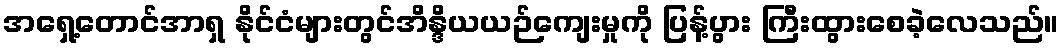
အရှေ့တောင်အာရှ နိုင်ငံများတွင်အိန္ဒိယယဉ်ကျေးမှုကို ပြန့်ပွား ကြီးထွားစေခဲ့လေသည်။